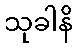
သုခါနိ